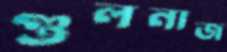
গুলনাজ